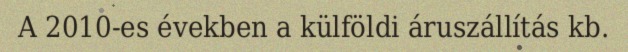
A 2010-es években a külföldi áruszállítás kb.